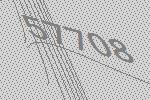
57708